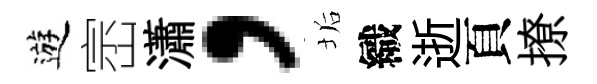
遊崈瀟，垢織逝頁撩